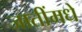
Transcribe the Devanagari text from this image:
जातींमधे